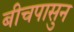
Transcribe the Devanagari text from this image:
बीचपासुन